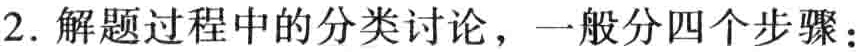
2. 解题过程中的分类讨论，一般分四个步骤：